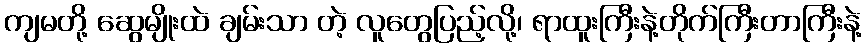
ကျမတို့ ဆွေမျိုးထဲ ချမ်းသာ တဲ့ လူတွေပြည့်လို့၊ ရာထူးကြီးနဲ့တိုက်ကြီးတာကြီးနဲ့